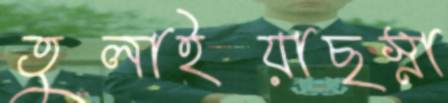
তুলাইয়াছস্না